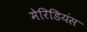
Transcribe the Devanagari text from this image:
मेरिडियंस